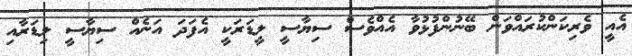
އެއީ ވެރިކަންކުރައްވަން ބޭނުންފުޅުވާ އެއްވެސް ސިޔާސީ ލީޑަރަކީ އެފަދަ އަނެއް ސިޔާސީ ލިޑަރާއި